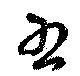
右